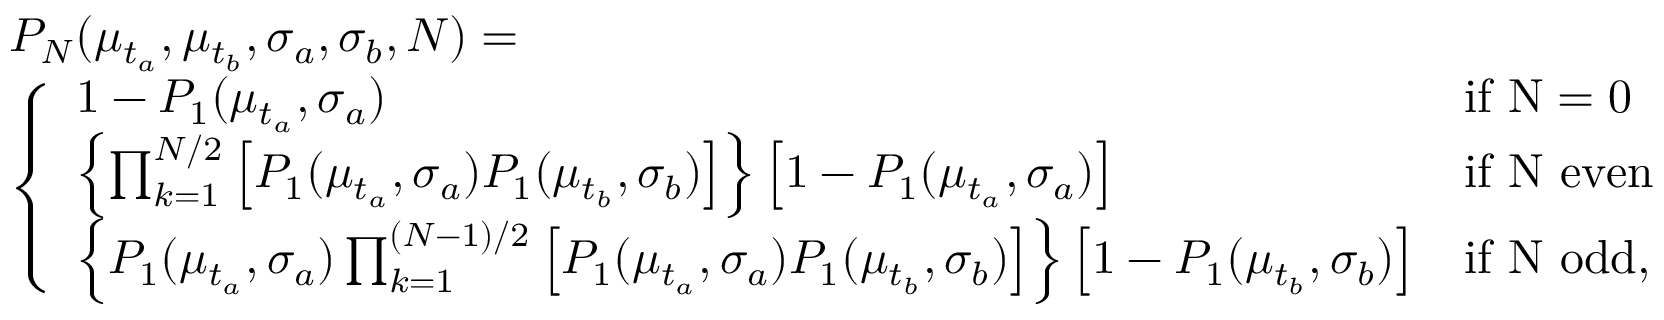
\begin{array} { r l } & { P _ { N } ( \mu _ { t _ { a } } , \mu _ { t _ { b } } , \sigma _ { a } , \sigma _ { b } , N ) = } \\ & { \left\{ \begin{array} { l l l } { 1 - P _ { 1 } ( \mu _ { t _ { a } } , \sigma _ { a } ) } & { \mathrm { i f ~ N = 0 ~ } } \\ { \left\{ \prod _ { k = 1 } ^ { N / 2 } \left[ P _ { 1 } ( \mu _ { t _ { a } } , \sigma _ { a } ) P _ { 1 } ( \mu _ { t _ { b } } , \sigma _ { b } ) \right] \right\} \left[ 1 - P _ { 1 } ( \mu _ { t _ { a } } , \sigma _ { a } ) \right] } & { \mathrm { i f ~ N ~ e v e n } } \\ { \left\{ P _ { 1 } ( \mu _ { t _ { a } } , \sigma _ { a } ) \prod _ { k = 1 } ^ { ( N - 1 ) / 2 } \left[ P _ { 1 } ( \mu _ { t _ { a } } , \sigma _ { a } ) P _ { 1 } ( \mu _ { t _ { b } } , \sigma _ { b } ) \right] \right\} \left[ 1 - P _ { 1 } ( \mu _ { t _ { b } } , \sigma _ { b } ) \right] } & { \mathrm { i f ~ N ~ o d d } , } \end{array} \right. } \end{array}